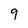
Character: 9